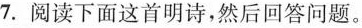
7.阅读下面这首明诗，然后回答问题。